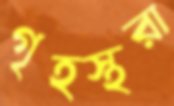
গৃহস্থরা